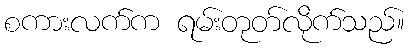
စကားလက်က ရမ်းတုတ်လိုက်သည်။